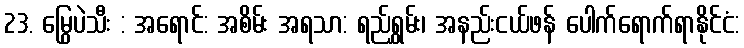
23. မြွေပဲသီး : အရောင်: အစိမ်း အရသာ: ရည်ရွှမ်း၊ အနည်းငယ်ဖန် ပေါက်ရောက်ရာနိုင်ငံ: